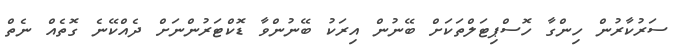
ސަރުކާރުން ހިންގާ ހޮސްޕިޓަލްތަކަށް ބޭނުން އިރަކު ބޭނުންވާ ޑޮކްޓަރުންނަށް ދެއްކޭނެ ގޮތެއް ނެތް